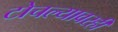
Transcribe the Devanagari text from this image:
टोचल्यावरही